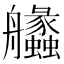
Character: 𦫈